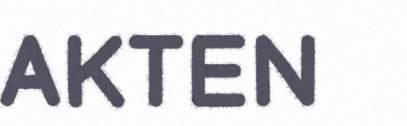
AKTEN